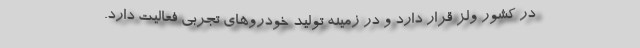
در کشور ولز قرار دارد و در زمینه تولید خودروهای تجربی فعالیت دارد.